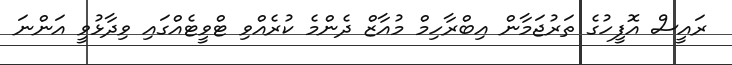
ރައީސް އޮފީހުގެ ތަރުޖަމާން އިބްރާހިމް މުއާޒް ދެންމެ ކުރެއްވި ޓްވީޓެއްގައި ވިދާޅުވީ އަންނަ